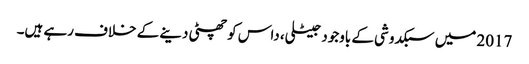
2017 میں سبکدوشی کے باوجود جیٹلی، داس کو چھٹی دینے کے خلاف رہے ہیں۔